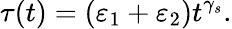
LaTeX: \tau(t)=(\varepsilon_{1}+\varepsilon_{2})t^{\gamma_{s}}.